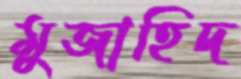
মুজাহিদ